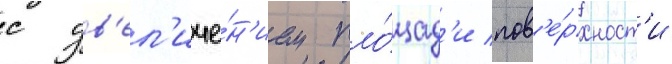
с ув'ел'иче́н'ием пло́щад'и пов'е́рхност'и